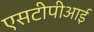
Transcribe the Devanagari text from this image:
एसटीपीआई